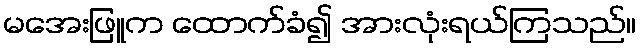
မအေးဖြူက ထောက်ခံ၍ အားလုံးရယ်ကြသည်။